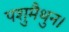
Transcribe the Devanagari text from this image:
पशुमैथुन।